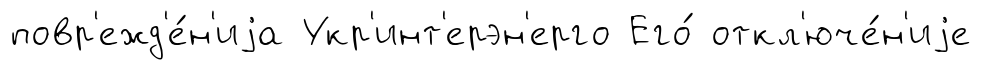
повр'ежд'е́н'иjа Укр'инт'ерэн'ерго Его́ откл'юче́н'иjе